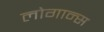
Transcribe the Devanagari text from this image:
लोगान्स